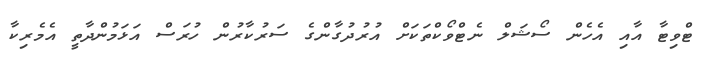
ޓްވިޓާ އާއި އެހެން ސޯޝަލް ނެޓްވޯކްތަކަށް އުރުދުގާންގެ ސަރުކާރުން ހުރަސް އަޅަމުންދާތީ އެމެރިކާ